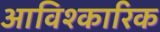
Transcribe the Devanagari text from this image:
आविश्कारिक